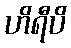
ဟိရီပိ